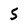
Character: 5